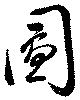
圖